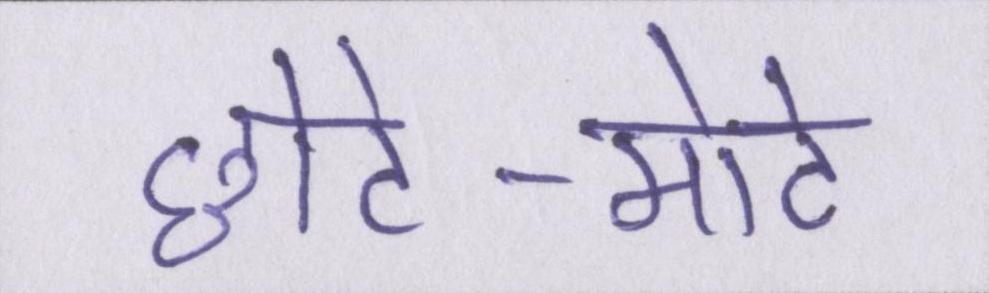
छोटे-मोटे